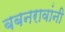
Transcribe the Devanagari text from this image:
बबनरावांनी